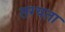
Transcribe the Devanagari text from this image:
तग्यता